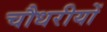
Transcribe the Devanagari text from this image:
चौधरीयों